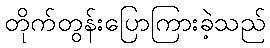
တိုက်တွန်းပြောကြားခဲ့သည်